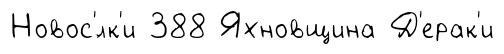
Новос'́лк'и 388 Яхновщина Д'ерак'и